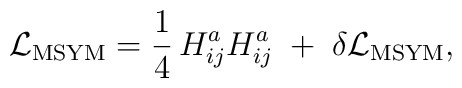
{\cal L}_{\rm MSYM} =    {1 \over 4} \, H_{ij}^a H_{ij}^a     \;+\; \delta {\cal L}_{\rm MSYM},